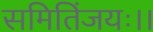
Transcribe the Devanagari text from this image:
समितिंजयः।।